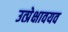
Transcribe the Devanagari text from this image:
उत्प्रेक्षावयव